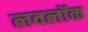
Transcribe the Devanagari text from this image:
लवलॉक